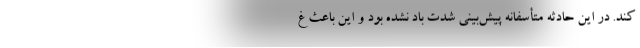
کند. در این حادثه متأسفانه پیش‌بینی شدت باد نشده بود و این باعث غ